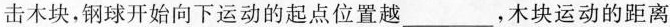
击木块，钢球开始向下运动的起点位置越___，木块运动的距离